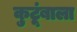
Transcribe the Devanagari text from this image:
कुटूंबाला